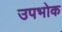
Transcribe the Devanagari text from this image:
उपभोक